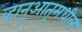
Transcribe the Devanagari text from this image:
व्हानुआतूमधील